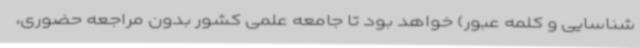
شناسایی و کلمه عبور) خواهد بود تا جامعه علمی کشور بدون مراجعه حضوری،